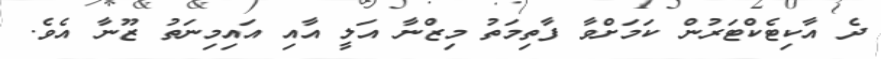
ދެ އާކިޓެކްޓަރުން ކަމަށްވާ ފާތިމަތު މިޒްނާ އަލީ އާއި އައިމިނަތު ޒޫނާ އެވެ.